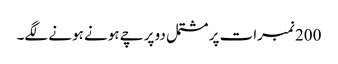
200 نمبرات پر مشتمل دو پرچے ہونے ہونے لگے۔